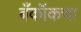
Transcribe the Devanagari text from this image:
बँकॉकचा